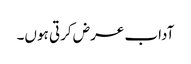
آداب عرض کرتی ہوں۔